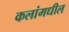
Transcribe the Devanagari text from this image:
कलांमधील